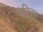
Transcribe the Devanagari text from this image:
परिहा